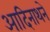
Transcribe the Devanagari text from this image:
आदिनाथने